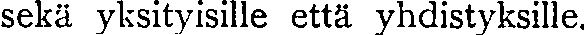
sekä yksityisille että yhdistyksille.